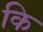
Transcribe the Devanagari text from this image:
कि